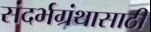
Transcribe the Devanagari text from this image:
संदर्भग्रंथासाठी